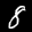
Label: 8